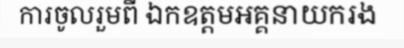
ការចូលរួមពី ឯកឧត្តមអគ្គនាយករង